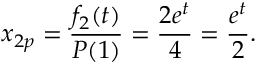
x _ { 2 p } = { \frac { f _ { 2 } ( t ) } { P ( 1 ) } } = { \frac { 2 e ^ { t } } { 4 } } = { \frac { e ^ { t } } { 2 } } .